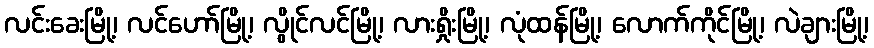
လင်းခေးမြို့၊ လင်ဟော်မြို့၊ လွိုင်လင်မြို့၊ လားရှိုးမြို့၊ လုံထန်မြို့၊ လောက်ကိုင်မြို့၊ လဲချားမြို့၊